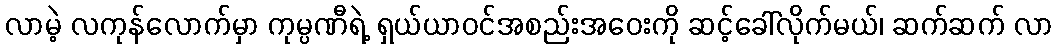
လာမဲ့ လကုန်လောက်မှာ ကုမ္ပဏီရဲ့ ရှယ်ယာဝင်အစည်းအဝေးကို ဆင့်ခေါ်လိုက်မယ်၊ ဆက်ဆက် လာ